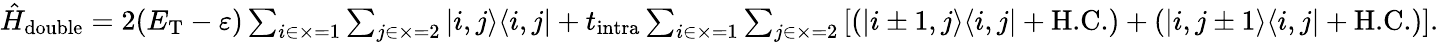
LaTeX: \begin{array}{r}{\hat{H}_{\textrm{double}}=2(E_{\textrm{T}}-\varepsilon)\sum_{i\in\times=1}\sum_{j\in\times=2}\left|i,j\rangle\langle i,j\right|+t_{\textrm{intra}}\sum_{i\in\times=1}\sum_{j\in\times=2}\left[\left(\left|i\pm 1,j\rangle\langle i,j\right|+\textrm{H.C.}\right)+\left(\left|i,j\pm 1\rangle\langle i,j\right|+\textrm{H.C.}\right)\right].}\end{array}